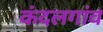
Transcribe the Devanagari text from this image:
कंदलगांव